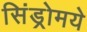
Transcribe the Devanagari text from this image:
सिंड्रोमये